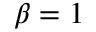
\beta = 1